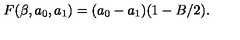
F ( \beta , a _ { 0 } , a _ { 1 } ) = ( a _ { 0 } - a _ { 1 } ) ( 1 - B / 2 ) .